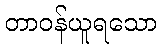
တာဝန်ယူရသော